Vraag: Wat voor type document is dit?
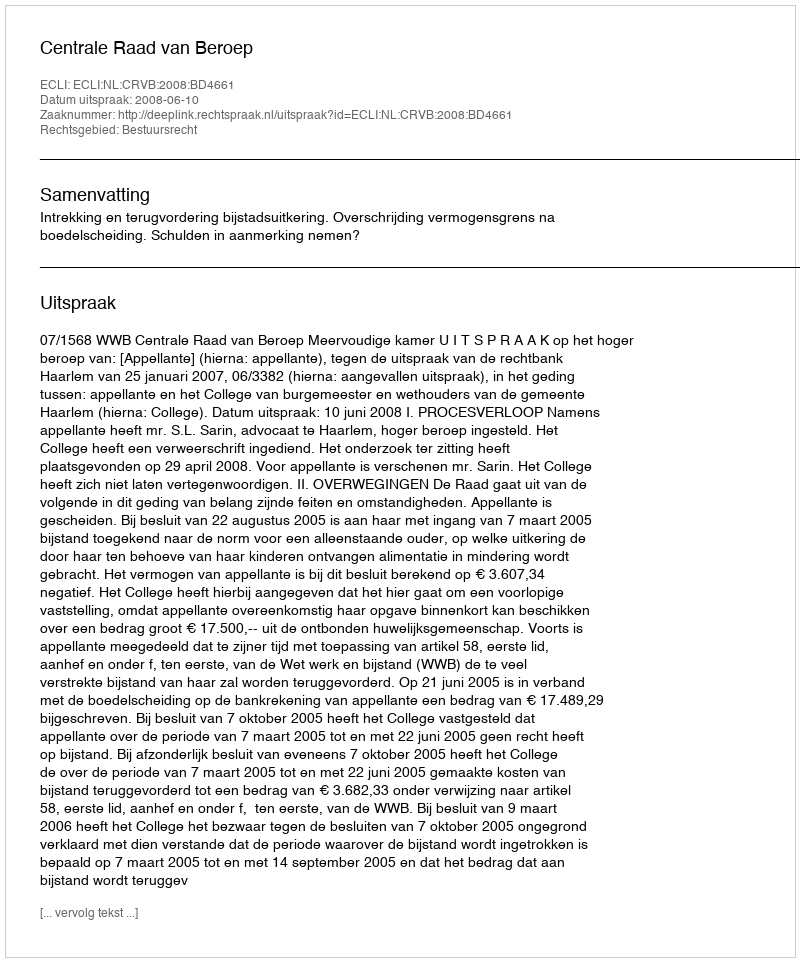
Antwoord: Uitspraak